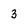
Character: 3